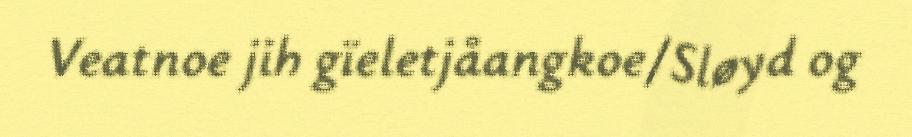
Veatnoe jih gïeletjåangkoe/Sløyd og